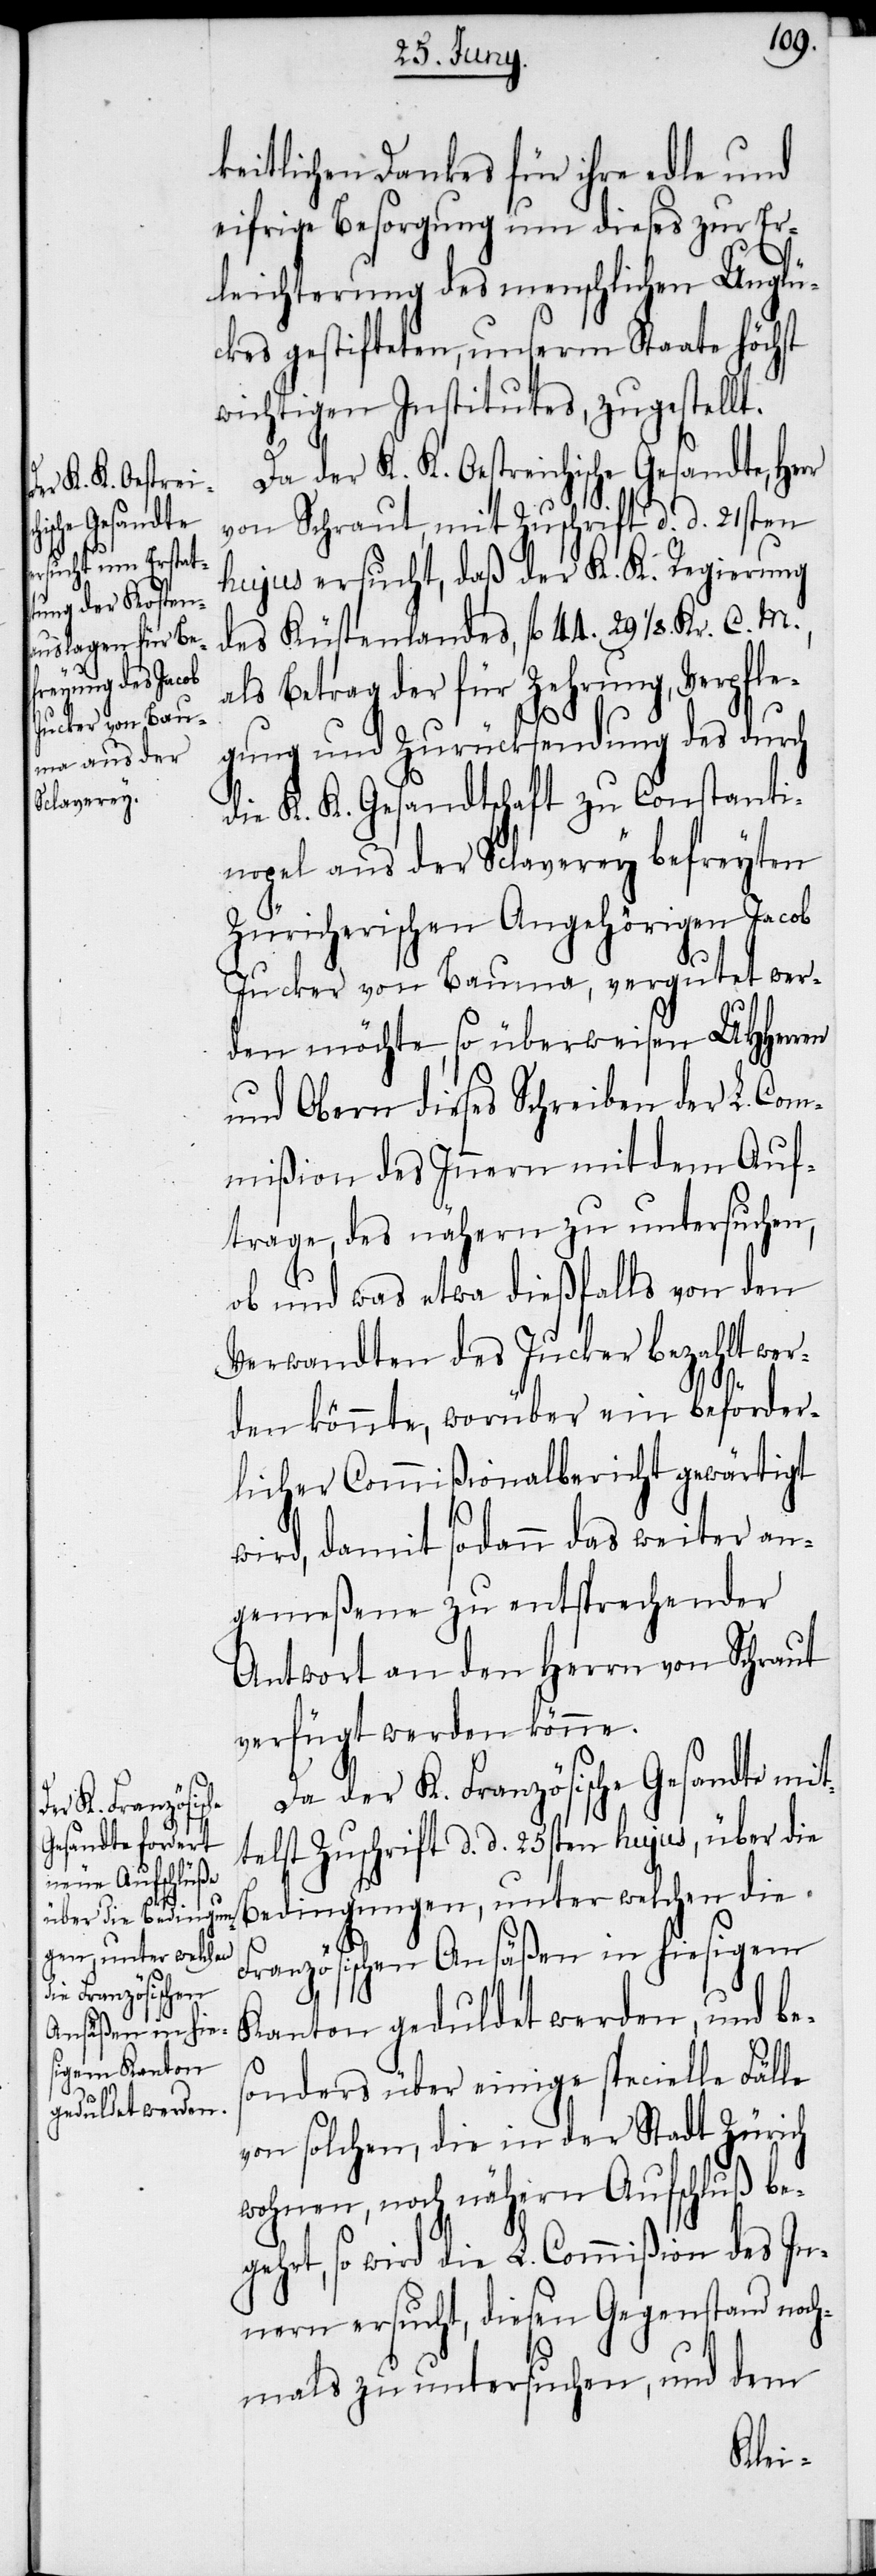
keitlichen Dankes für ihre edle und
eifrige Besorgung um dieses zur Er¬
leichterung des menschlichen Unglü¬
ckes gestifteten, unserm Staate höchst
wichtigen Institutes, zugestellt.
Da der K. K. Oestreichische Gesandte, Herr
von Schraut, mit Zuschrift d. d. 21sten
hujus ersucht, daß der K. K. Regierung
des Küstenlandes, fl 44. 29 1/8. Kr.
als Betrag der für Zehrung, Verpfle¬
gung und Zurücksendung des durch
die K. K. Gesandtschaft zu Constanti¬
nopel aus der Sclaverey befreyten
Züricherischen Angehörigen Jacob
Jucker von Bauma, vergutet wer¬
den möchte, so überweisen UHHerren
und Obern dieses Schreiben der L. Com¬
mißion des Innern mit dem Auf¬
trage, des nähern zu untersuchen,
ob und was etwa dießfalls von den
Verwandten des Jucker bezahlt wer¬
C.
M.,
den könnte, worüber ein beförder¬
licher Commißionalbericht gewärtigt
wird, damit sodann das weiter an¬
gemeßene zu entsprechender
Antwort an den Herrn von Schraut
verfügt werden könne.
Da der K. Französische Gesandte mit¬
telst Zuschrift d. d. 25sten hujus, über die
Bedingungen, unter welchen die
Französischen Ansäßen in hiesigem
Kanton geduldet werden, und be¬
sonders über einige specielle Fälle
von solchen, die in der Stadt Zürich
wohnen, noch nähern Aufschluß be¬
gehrt, so wird die L. Commißion des In¬
nern ersucht, diesen Gegenstand noch¬
mals zu untersuchen, und dem